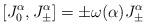
LaTeX: \begin{align*}[J_0^{\alpha}, J_\pm^{\alpha}] = \pm\omega(\alpha) J_\pm^\alpha\end{align*}